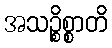
အသဉ္စိစ္စာတိ